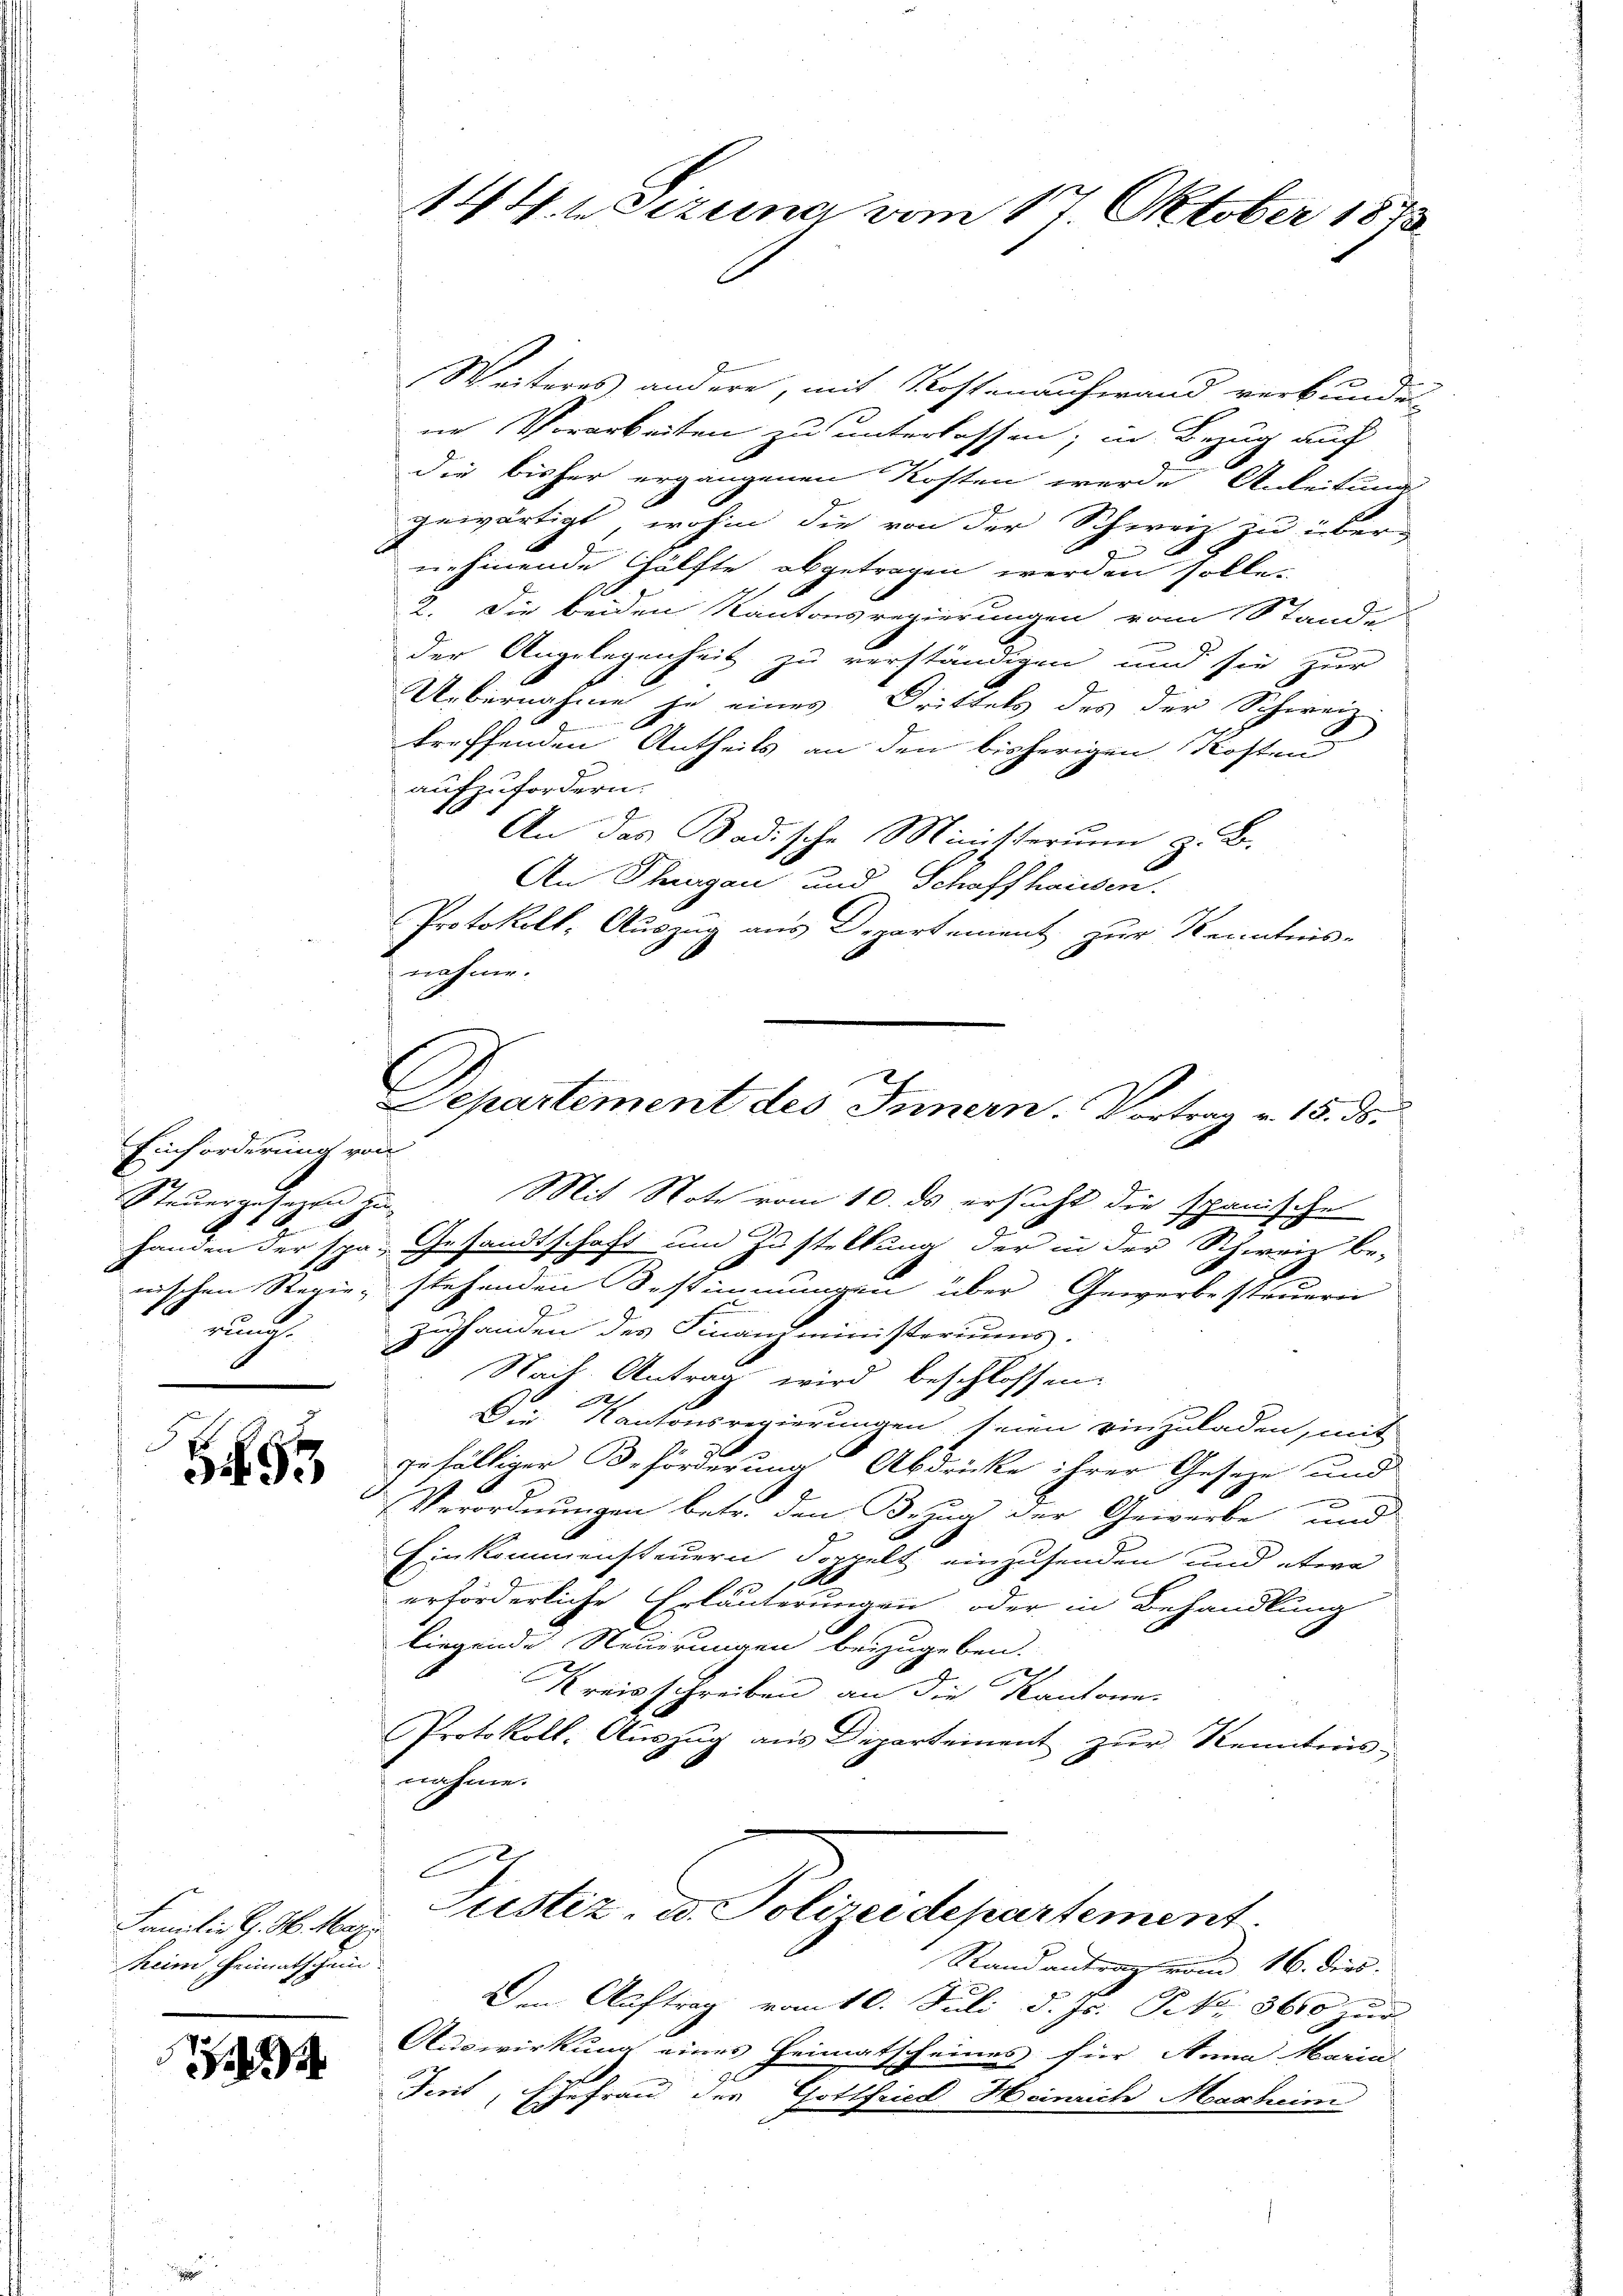
Einforderung von
Ba

H 93

Familie G. H. Marie
heim Heimatschein

¬

Weiteres andere, mit Kostenaufwand verbunde
ne Vorarbeiten zu unterlassen; in Bezug auf
die bisher ergangenen Kosten werde Anleitung
gewärtigt, wohin die von der Schweiz zu über-
nehmende Hälfte abgetragen werden solle.
2. Die beiden Kantonsregierungen vom Stande
der Angelegenheit zu verständigen und sie zur
Uebernahme je eines Drittels des der Schweiz
92
treffenden Antheils an den bisherigen Kosten
aufzufordern.
2
An das Badische Ministerium z. B.
An Thurgau und Schaffhausen.
Protokoll, Auszug aus Departement zur Kenntnis-
Steŭergesezen zu. Mit Note vom 10. ds ersucht die spanische
Handen der spar Gesandtschaft und Zustellung der in der Schweiz be-
nischen Regie, stehenden Bestimmungen über Gewerbesteuern
rung. Zuhanden des Finanzministeriums.
Nach Antrag wird beschlossen.
Die Kantonsregierungen seien einzuladen, mit
F
1
gefältiger Beförderung Abdrücke ihrer Gesetze und
Verordnungen betr. den Bezug der Gewerbe und
Einkommensteuern doppelt einzusenden und etwa
erförderliche Erläuterungen oder in Behandlung
liegende Neuerungen beizugeben.
Kreisschreiben an die Kantone.
Protokoll. Auszug aus Departement zur Kenntnis
nahme.
c
Justiz, d. Polizeidepartement.
Randantrag vom 16. dies.
.
Den Auftrag vom 10. Juli d. Js. N. 3610 zur
Auswirkung eines Heimatscheines für Anna Maria
Teit, Ehefrau der Gottfried Heinrich Masheim

nahme.

14. d. 1 Sizung vom 17. Oktober 1873

Separtement des Innern. Vortrag v. 15. ds.
.